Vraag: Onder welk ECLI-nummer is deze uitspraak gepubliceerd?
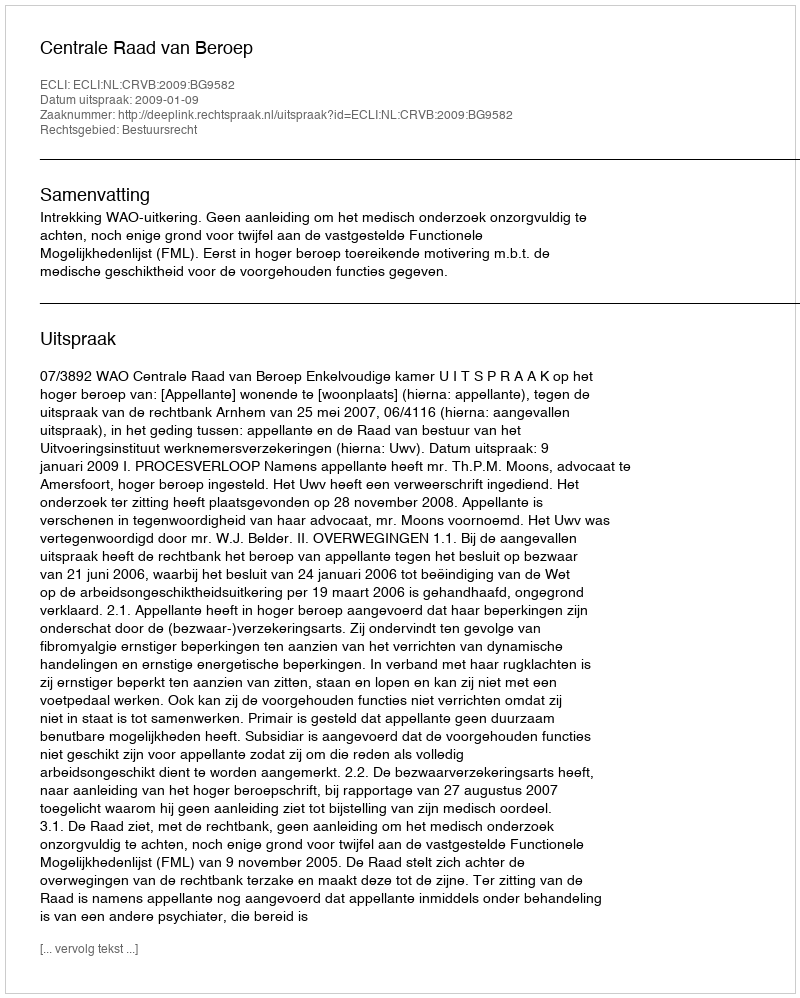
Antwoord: ECLI:NL:CRVB:2009:BG9582